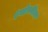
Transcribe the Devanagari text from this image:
एंग्लोस्फीयर